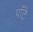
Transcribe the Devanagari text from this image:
पाँटे